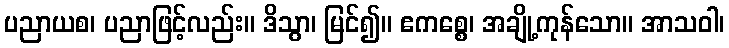
ပညာယစ၊ ပညာဖြင့်လည်း။ ဒိသွာ၊ မြင်၍။ ဧကစ္စေ၊ အချို့ကုန်သော။ အာသဝါ၊